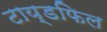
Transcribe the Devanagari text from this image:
टाय्डफिल